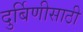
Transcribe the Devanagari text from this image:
दुर्बिणीसाठी